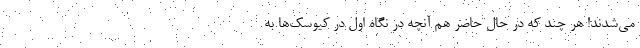
می‌شدند! هر چند که در حال حاضر هم آنچه در نگاه اول در کیوسک‌ها به